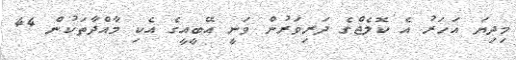
މިދިޔަ އަހަރު އެ ކޮލެޖްގެ ދަރިވަރުން ވަނީ އޭބީއީގެ އެކި މާއްދާތަކުން 44